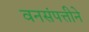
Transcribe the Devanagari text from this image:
वनसंपत्तीने